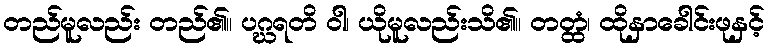
တည်မူလည်း တည်၏။ ပဂ္ဃရတိ ဝါ၊ ယိုမူလည်းသိ၏။ တတ္ထံ၊ ထိုနှာခေါင်းဖုနှင့်